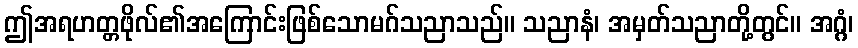
ဤအရဟတ္တဖိုလ်၏အကြောင်းဖြစ်သောမဂ်သညာသည်။ သညာနံ၊ အမှတ်သညာတို့တွင်။ အဂ္ဂံ၊